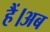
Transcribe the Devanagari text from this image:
हैं।अब